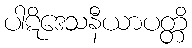
ပါဋိဒေသနီယာပတ္တိ